画像に写った文字を読んでください
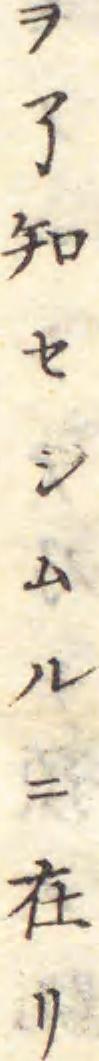
「ヲ了知セシムルニ在リ」と書いてあります